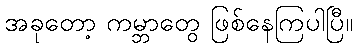
အခုတော့ ကမ္ဘာတွေ ဖြစ်နေကြပါပြီ။